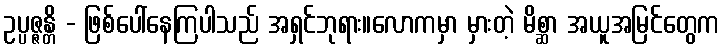
ဥပ္ပဇ္ဇန္တိ - ဖြစ်ပေါ်နေကြပါသည် အရှင်ဘုရား။လောကမှာ မှားတဲ့ မိစ္ဆာ အယူအမြင်တွေက